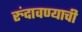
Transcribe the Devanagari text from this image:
रुंदावण्याची